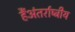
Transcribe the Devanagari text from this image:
हैंअंतर्राष्ट्रीय